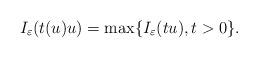
LaTeX: \begin{align*}I_\varepsilon(t(u)u)=\max \{I_\varepsilon(tu), t>0\}.\end{align*}